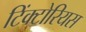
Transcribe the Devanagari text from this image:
टिंक्टोरियस